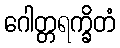
ဂေါတ္တရက္ခိတံ